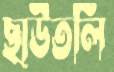
ছাউতলি